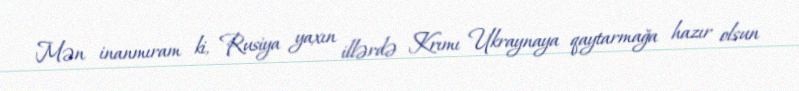
Mən inanmıram ki, Rusiya yaxın illərdə Krımı Ukraynaya qaytarmağa hazır olsun